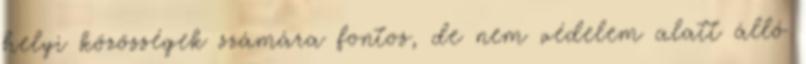
helyi közösségek számára fontos, de nem védelem alatt álló